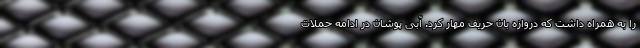
را به همراه داشت که دروازه بان حریف مهار کرد. آبی پوشان در ادامه حملات